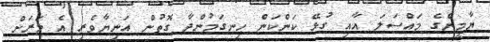
ޔާމީންގެ މައްސަލަ އާއި ގުޅޭ ކަންކަން ހިނގަމުންދާ ގޮތުން އަނިޔާވެރި އެ މަރަށް